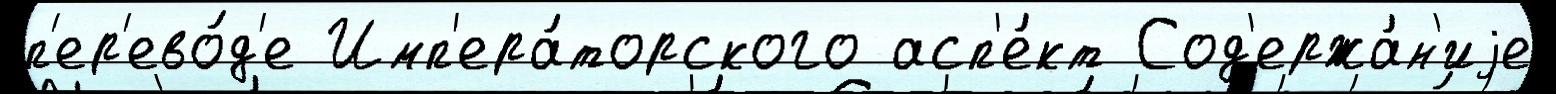
п'ер'ево́д'е Имп'ера́торского асп'е́кт Сод'ержа́н'иjе